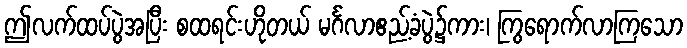
ဤလက်ထပ်ပွဲအပြီး စထရင်းဟိုတယ် မင်္ဂလာဧည့်ခံပွဲ၌ကား၊ ကြွရောက်လာကြသော